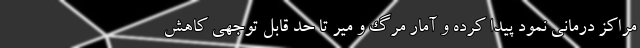
مراکز درمانی نمود پیدا کرده و آمار مرگ و میر تا حد قابل توجهی کاهش